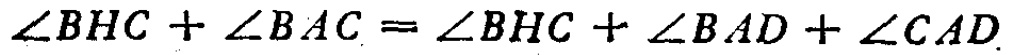
\(\angle BHC + \angle BAC = \angle BHC + \angle BAD + \angle CAD\)